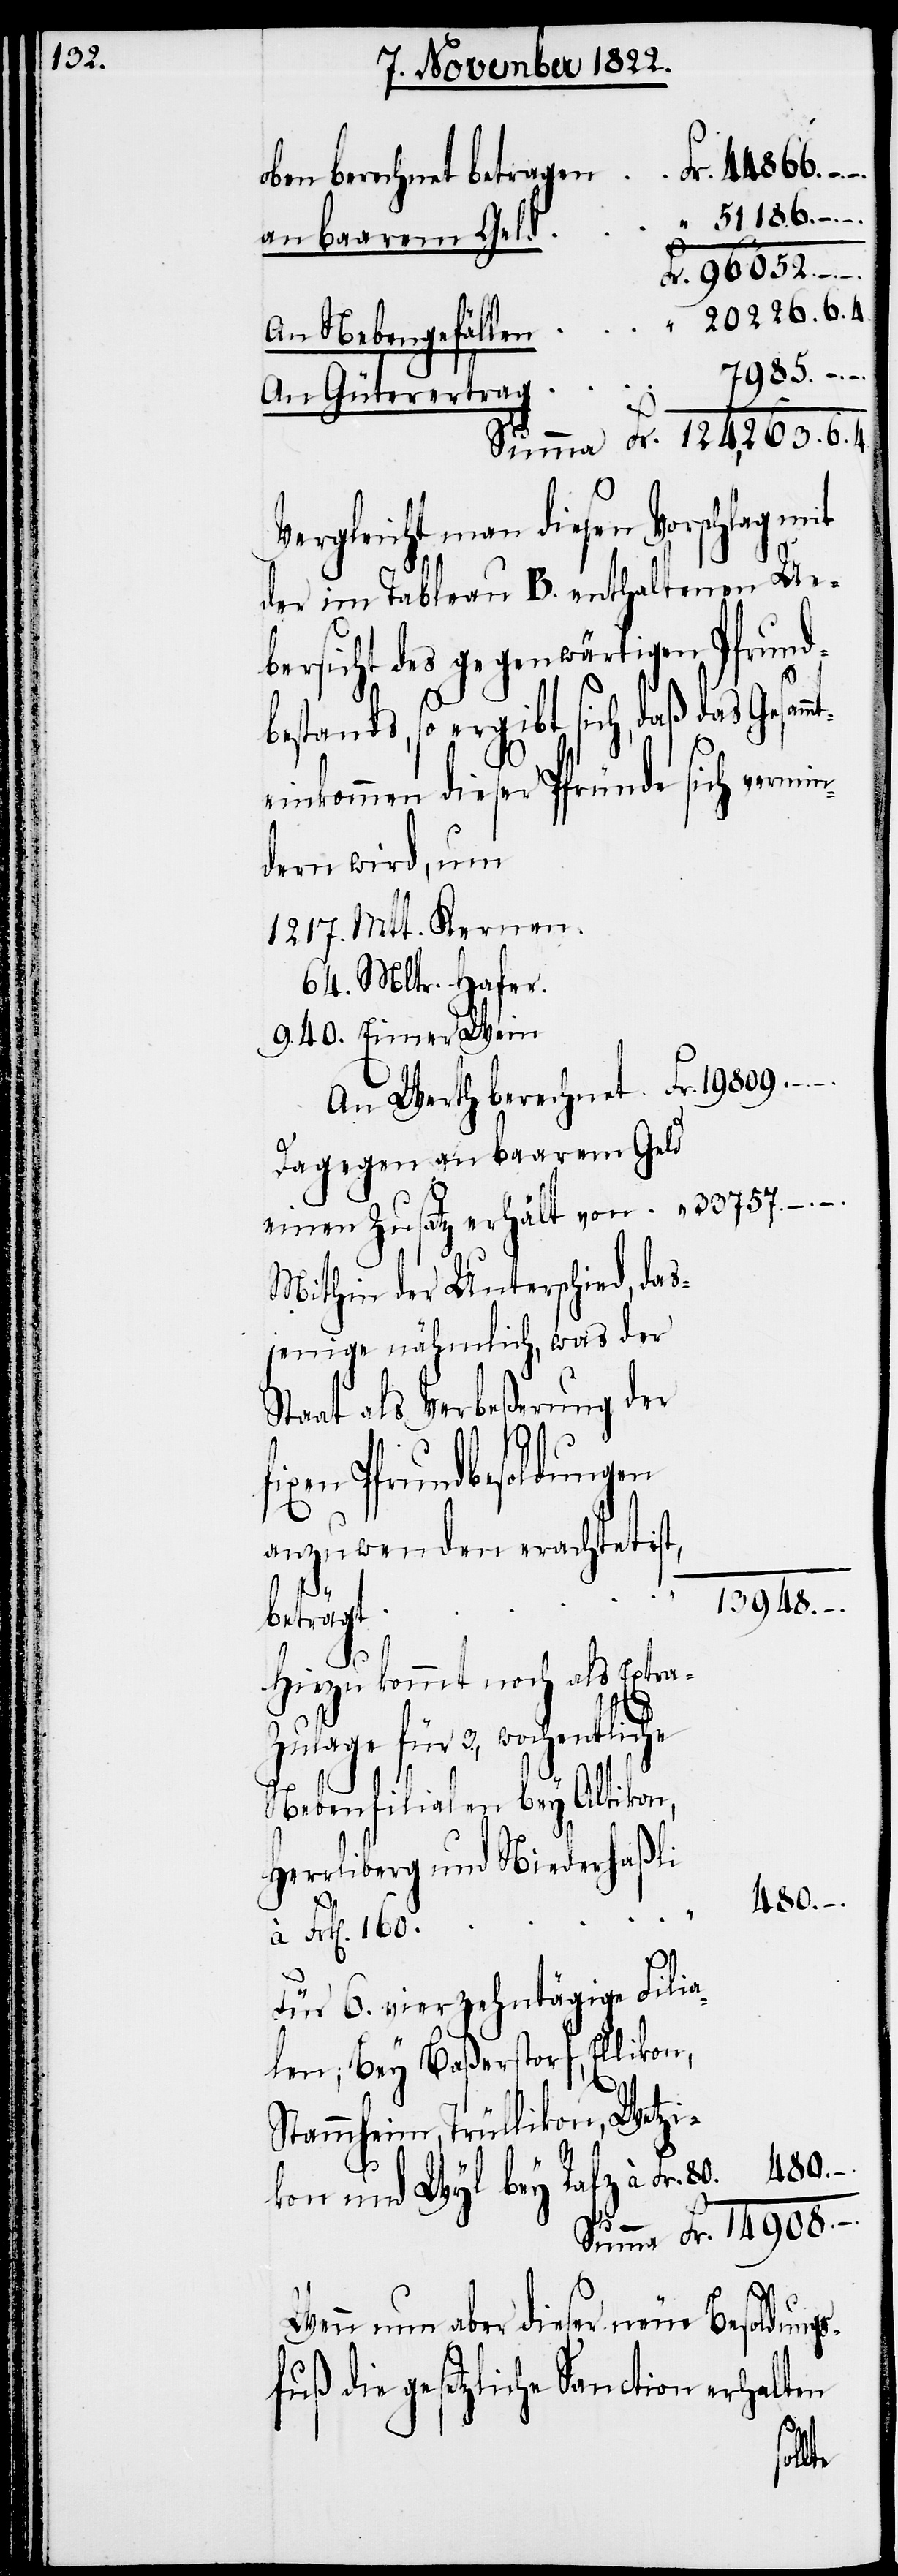
51 186. –.
oben berechnet betragen
an baarem Geld
–.
An Nebengefällen
757. –.
An Güterertrag
Vergleicht man diesen Vorschlag mit
der im Tableau B. enthaltenen Ue¬
bersicht des gegenwärtigen Pfrund¬
bestands, so ergibt sich, daß das Ges¬
inkommen dieser Pfründe sich verm¬
dern wird, um
Mltr. Hafer.
Dagegen an baarem Geld
einen Zusatz erhält von
Mithin der Unterschied, das¬
jenige nähmlich, was der
Staat als Verbeßerung der
fixen Pfrundbesoldungen
anzuwenden erachtet
1217.
13 948.
beträgt
Hiezu kommt noch als Extra-Z¬
3., wochentliche
Nebenfilialen bey Altikon,
Herrliberg und Niederfhaßli
14 908. –.
Frk[en]. 160.
Für 6. vierzehntägige Filia¬
len; Bey Baßerstorf, Ellikon,
Stammheim, Trüllikon, Wetzi¬
kon und Wyl bey Rafz à Fr. 80.
Wenn nun aber dieser neue Besoldung¬
sfuß die gesetzliche Sanction erhalten
ulage